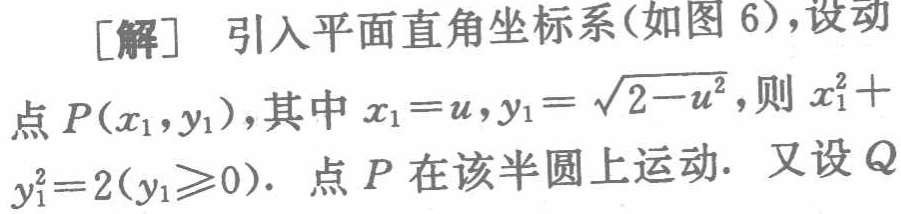
[解] 引入平面直角坐标系(如图 6),设动点 \(P(x_{1},y_{1})\),其中 \(x_{1}=u,y_{1}=\sqrt{2 - u^{2}}\),则 \(x_{1}^{2}+y_{1}^{2}=2(y_{1}\geq0)\). 点 \(P\) 在该半圆上运动. 又设 \(Q\)